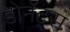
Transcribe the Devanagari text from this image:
डोनॅट्स